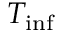
T _ { \mathrm { i n f } }